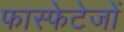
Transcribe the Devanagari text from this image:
फास्फेटेजों